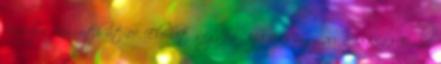
Kisbajcs Kossuth út 19. Elérhetőség: 96 358-945 vagy 20 5987842 E-mail